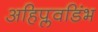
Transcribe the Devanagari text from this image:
अहिप्लवडिंभ